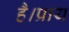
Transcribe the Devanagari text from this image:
है।प्राय